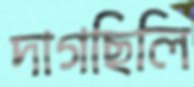
দাগছিলি